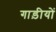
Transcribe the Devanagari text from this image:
गाड़ीयों